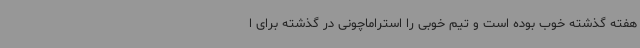
هفته گذشته خوب بوده است و تیم خوبی را استراماچونی در گذشته برای ا